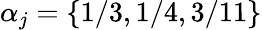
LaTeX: \alpha_{j}=\{ 1/3,1/4,3/11\}